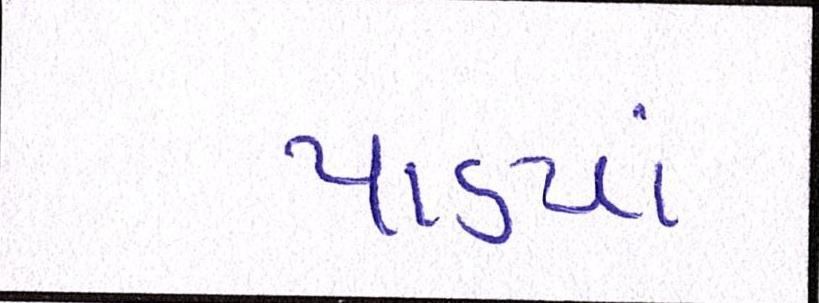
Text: પાડ્યાં